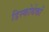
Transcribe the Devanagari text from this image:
डिस्कोथेकों